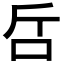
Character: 𠯓